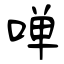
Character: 啴